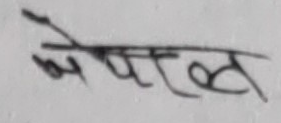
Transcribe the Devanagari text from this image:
अपरेल